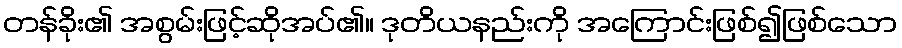
တန်ခိုး၏ အစွမ်းဖြင့်ဆိုအပ်၏။ ဒုတိယနည်းကို အကြောင်းဖြစ်၍ဖြစ်သော